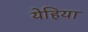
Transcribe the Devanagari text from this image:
येहिया